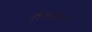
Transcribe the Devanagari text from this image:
ऍलिशिया